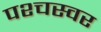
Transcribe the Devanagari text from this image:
पश्चस्वर